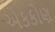
એકકોણ